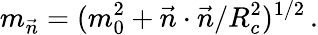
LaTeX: m_{\vec{n}}=(m_{0}^{2}+\vec{n}\cdot\vec{n}/R_{c}^{2})^{1/2}\, .